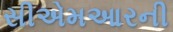
સીએમઆરની